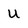
Character: u